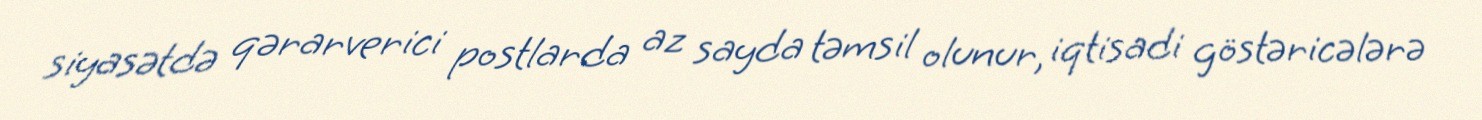
siyasətdə qərarverici postlarda az sayda təmsil olunur, iqtisadi göstəricələrə